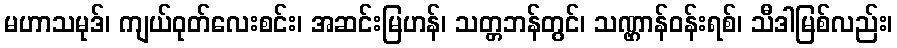
မဟာသမုဒ်၊ ကျယ်ဝုတ်လေးစင်း၊ အဆင်းမြဟန်၊ သတ္တဘန်တွင်၊ သဏ္ဌာန်ဝန်းရစ်၊ သီဒါမြစ်လည်း၊